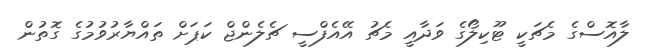
ލާއޮސްގެ މެޗަކީ ޓޫކިލޯގެ ވަދާއީ މެޗު އޭއެފްސީ ޗެލެންޖް ކަޕަށް ތައްޔާރުވުމުގެ ގޮތުން